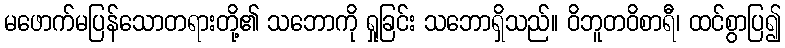
မဖောက်မပြန်သောတရားတို့၏ သဘောကို ရှုခြင်း သဘောရှိသည်။ ဝိဘူတဝိစာရီ၊ ထင်စွာပြ၍